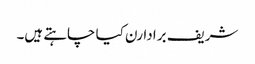
شریف برادارن کیا چاہتے ہیں۔